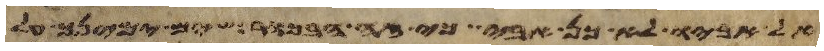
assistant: אל אביו לא כן אבי כי זה הבכור שים ימינך על